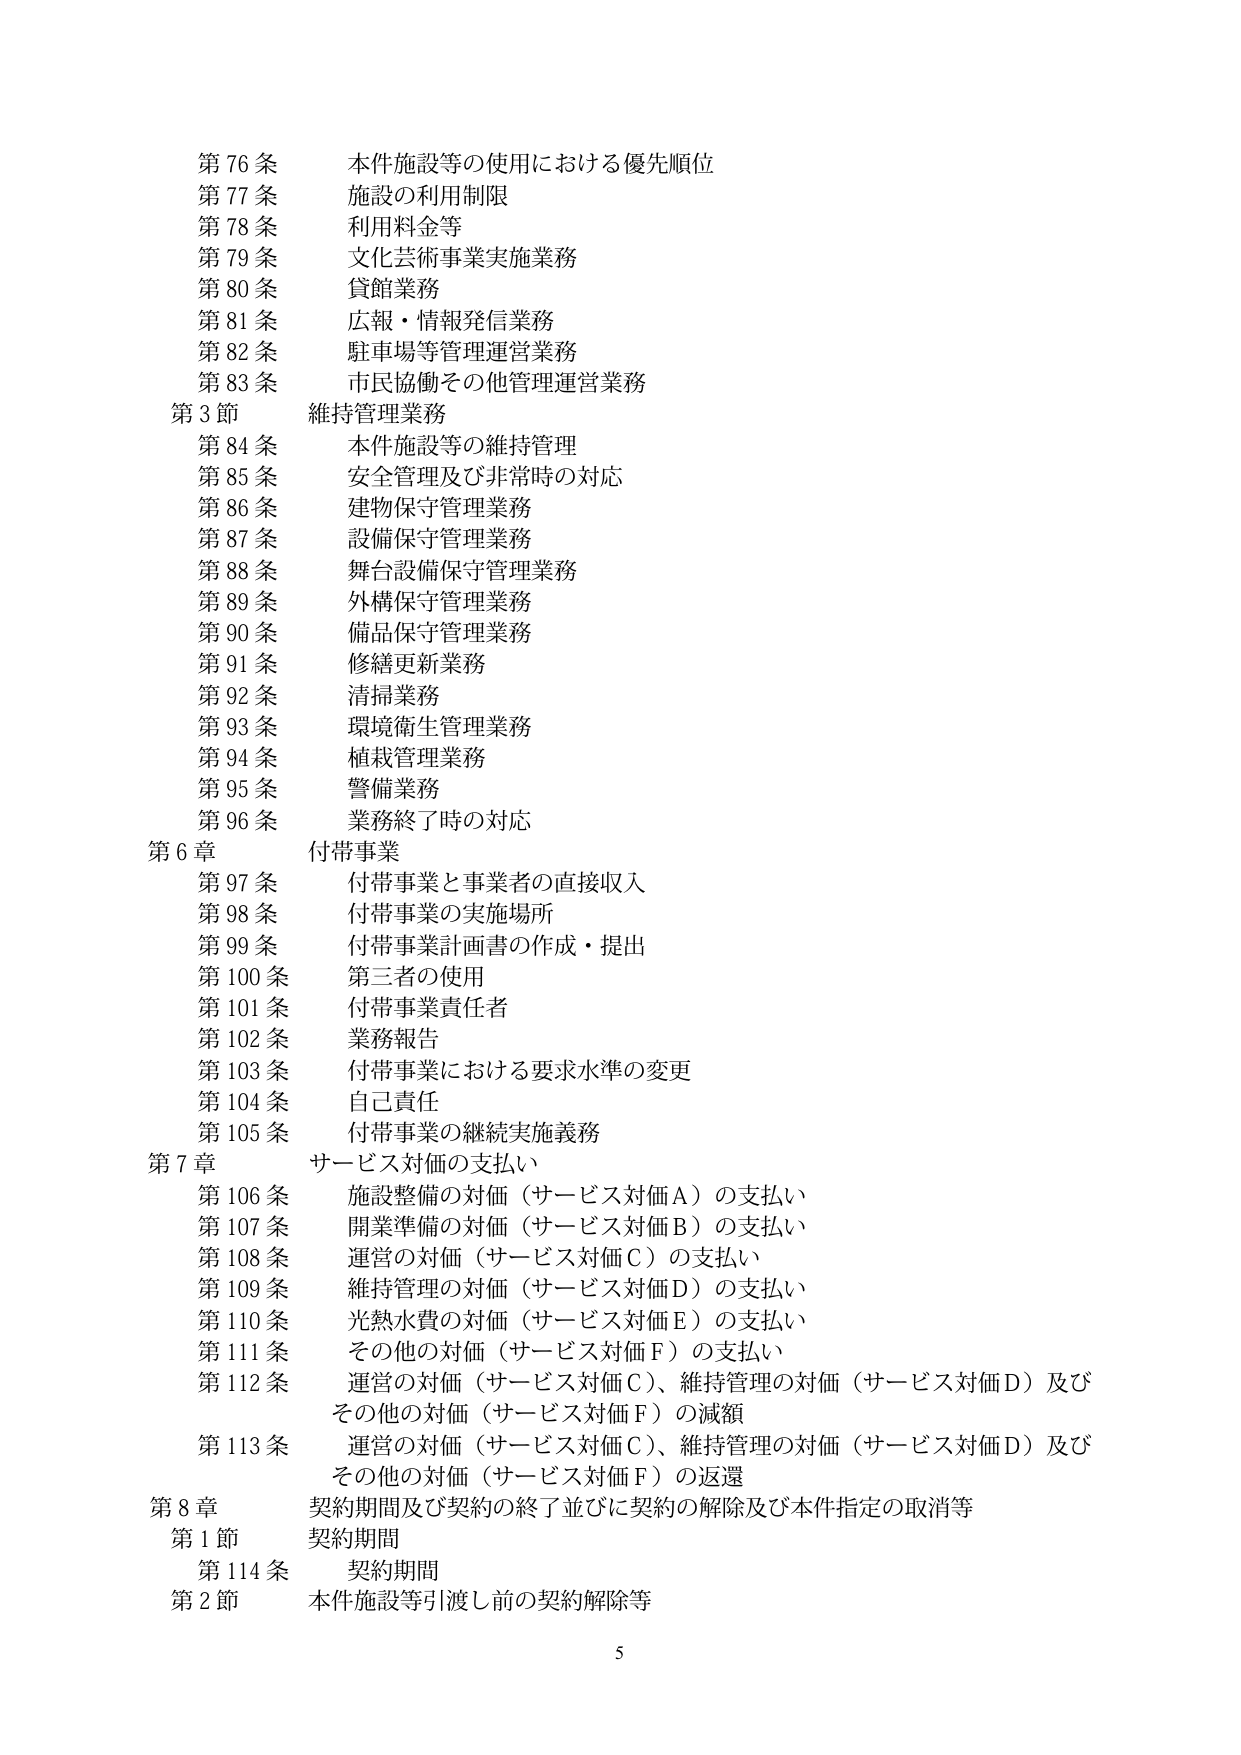
第76条 本件施設等の使用における優先順位
第77条 施設の利用制限
第78条 利用料金等
第79条 文化芸術事業実施業務
第80条 貸館業務
第81条 広報・情報発信業務
第82条 駐車場等管理運営業務
第83条 市民協働その他管理運営業務
第3節 維持管理業務
第84条 本件施設等の維持管理
第85条 安全管理及び非常時の対応
第86条 建物保守管理業務
第87条 設備保守管理業務
第88条 舞台設備保守管理業務
第89条 外構保守管理業務
第90条 備品保守管理業務
第91条 修繕更新業務
第92条 清掃業務
第93条 環境衛生管理業務
第94条 植栽管理業務
第95条 警備業務
第96条 業務終了時の対応
第6章 付帯事業
第97条 付帯事業と事業者の直接収入
第98条 付帯事業の実施場所
第99条 付帯事業計画書の作成・提出
第100条 第三者の使用
第101条 付帯事業責任者
第102条 業務報告
第103条 付帯事業における要求水準の変更
第104条 自己責任
第105条 付帯事業の継続実施義務
第7章 サービス対価の支払い
第106条 施設整備の対価（サービス対価A）の支払い
第107条 開業準備の対価（サービス対価B）の支払い
第108条 運営の対価（サービス対価C）の支払い
第109条 維持管理の対価（サービス対価D）の支払い
第110条 光熱水費の対価（サービス対価E）の支払い
第111条 その他の対価（サービス対価F）の支払い
第112条 運営の対価（サービス対価C）、維持管理の対価（サービス対価D）及びその他の対価（サービス対価F）の減額
第113条 運営の対価（サービス対価C）、維持管理の対価（サービス対価D）及びその他の対価（サービス対価F）の返還
第8章 契約期間及び契約の終了並びに契約の解除及び本件指定の取消等
第1節 契約期間
第114条 契約期間
第2節 本件施設等引渡し前の契約解除等
5